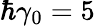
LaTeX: \hbar\gamma_{0}=5